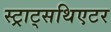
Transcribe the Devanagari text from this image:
स्ट्राट्सथिएटर